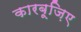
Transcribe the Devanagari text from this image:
कारबूज़िए